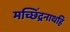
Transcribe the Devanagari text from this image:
मच्छिंद्रनाथहि